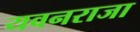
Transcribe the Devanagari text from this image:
यवनराजा